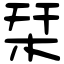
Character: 栞